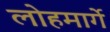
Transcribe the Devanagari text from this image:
लोहमार्गे